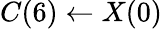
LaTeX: C(6)\leftarrow X(0)